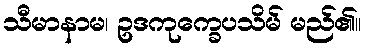
သီမာနာမ၊ ဥဒကုက္ခေပသိမ် မည်၏။